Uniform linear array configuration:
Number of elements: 64
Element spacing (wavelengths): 0.5
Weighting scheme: kaiser
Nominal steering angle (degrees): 15
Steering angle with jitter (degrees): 13.885
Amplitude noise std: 0.05
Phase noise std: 0.05

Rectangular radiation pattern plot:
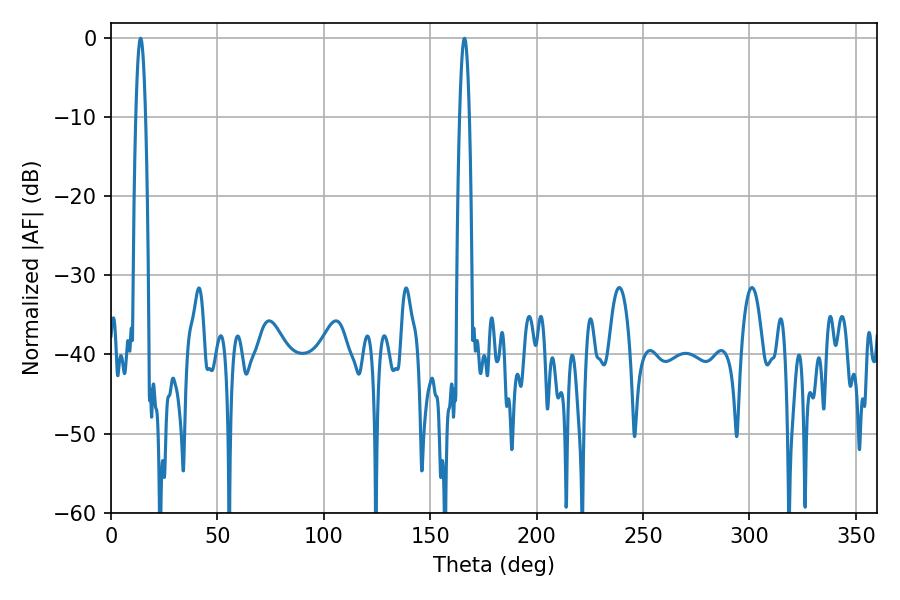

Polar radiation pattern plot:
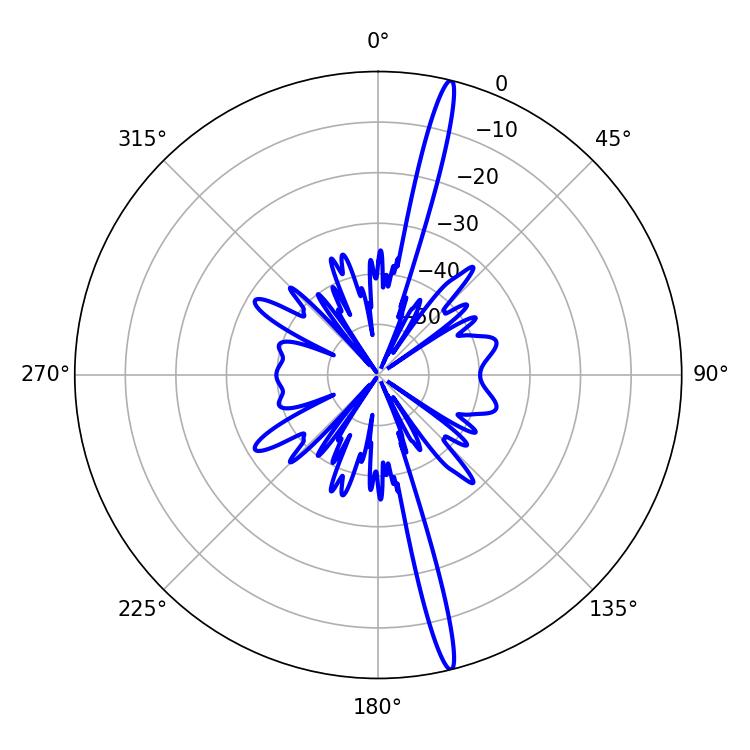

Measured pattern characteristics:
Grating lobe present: FALSE
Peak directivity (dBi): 19.377
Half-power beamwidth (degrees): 2.52
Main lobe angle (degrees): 13.86